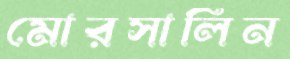
মোরসালিন